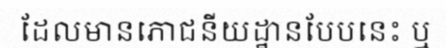
ដែលមានភោជនីយដ្ឋានបែបនេះ ឬ